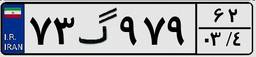
۷۳گ۹۷۹۶۲